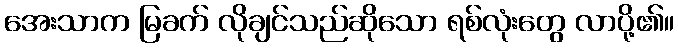
အေးသာက မြခက် လိုချင်သည်ဆိုသော ရစ်လုံးတွေ လာပို့၏။